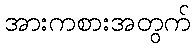
အားကစားအတွက်